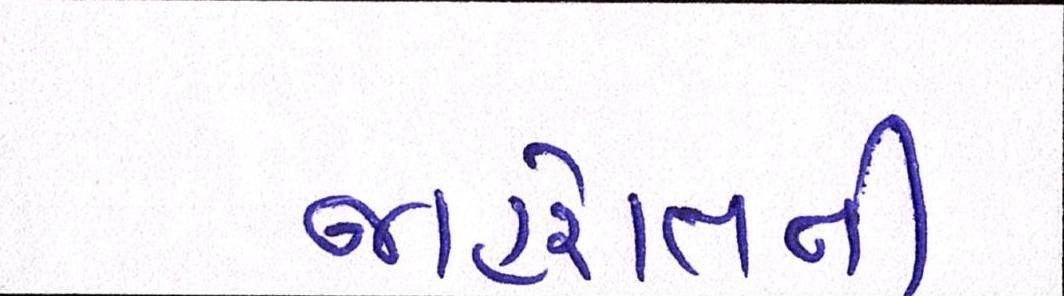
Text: જાહેરાતની